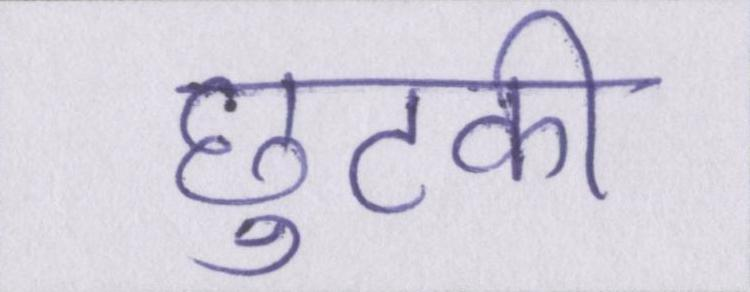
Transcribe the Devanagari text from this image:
छुटकी